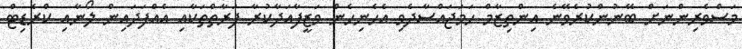
މަސްވެރިންނަށް ބޭނުންކުރެވޭނެ އިންތިޒާމް ހަމަޖައްސާދެވި އެހެނިހެން ވަޒީފާއަދާކުރާ ފަރާތްތަކާއި އެއްފަދައިން ލޯނާއި ކްރެޑިޓް